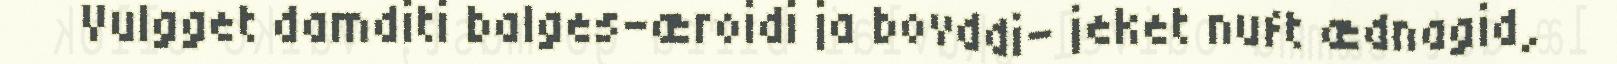
Vulgget damditi balges-æroidi ja bovddi- jeket nuft ædnagid,